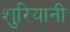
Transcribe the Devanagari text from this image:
शुरियानी